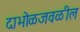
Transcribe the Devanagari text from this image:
दाभोळजवळील